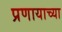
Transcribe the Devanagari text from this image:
प्रणायाच्या